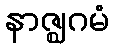
နာဇ္ဈဂမံ